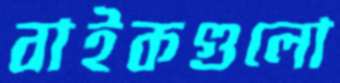
বাইকগুলো